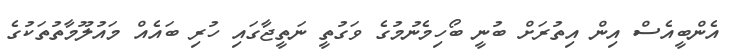
އެންބީއެސް އިން އިތުރަށް ބުނީ ބޯހިމެނުމުގެ ވަގުތީ ނަތީޖާގައި ހުރި ބައެއް މައުލޫމާތުތަކުގެ